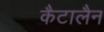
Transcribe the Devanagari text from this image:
कैटालैन